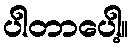
ပါတာပေါ့။